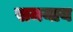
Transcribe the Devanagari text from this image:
समयाय